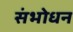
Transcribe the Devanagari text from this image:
संभोधन